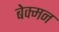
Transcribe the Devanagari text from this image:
बेक्मन